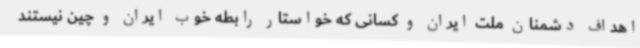
اهداف دشمنان ملت ایران و کسانی که خواستار رابطه خوب ایران و چین نیستند